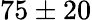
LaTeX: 75\pm 20